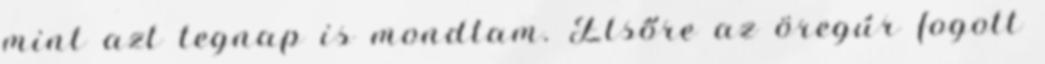
mint azt tegnap is mondtam. Elsőre az öregúr fogott